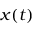
x ( t )